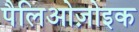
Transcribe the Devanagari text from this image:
पैलिओज़ोइक